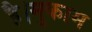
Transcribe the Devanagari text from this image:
है।मुकाम